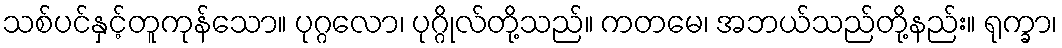
သစ်ပင်နှင့်တူကုန်သော။ ပုဂ္ဂလော၊ ပုဂ္ဂိုလ်တို့သည်။ ကတမေ၊ အဘယ်သည်တို့နည်း။ ရုက္ခာ၊